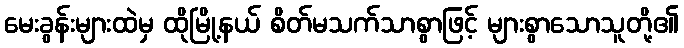
မေးခွန်းများထဲမှ ထိုမြို့နယ် စိတ်မသက်သာစွာဖြင့် များစွာသောသူတို့၏